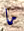
ما